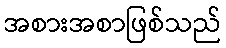
အစားအစာဖြစ်သည်